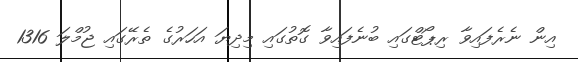
އިން ނެރެފައިވާ ރިޕޯޓްގައި ބުނެފައިވާ ގޮތުގައި މިދިޔަ އަހަރުގެ ތެރޭގައި ޖުމްލަ 1316